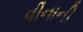
વીનાની